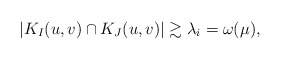
\begin{align*} |K_I(u,v) \cap K_J(u,v)| \gtrsim \lambda_i = \omega(\mu), \end{align*}